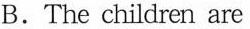
B.The children are